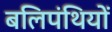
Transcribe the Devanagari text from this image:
बलिपंथियों